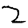
Digit: 2